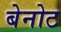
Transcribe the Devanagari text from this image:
बेनोट